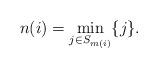
LaTeX: \begin{align*}n(i)=\min_{j\in S_{m(i)}}\{j\}.\end{align*}